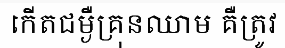
កើតជម្ងឺគ្រុនឈាម គឺត្រូវ